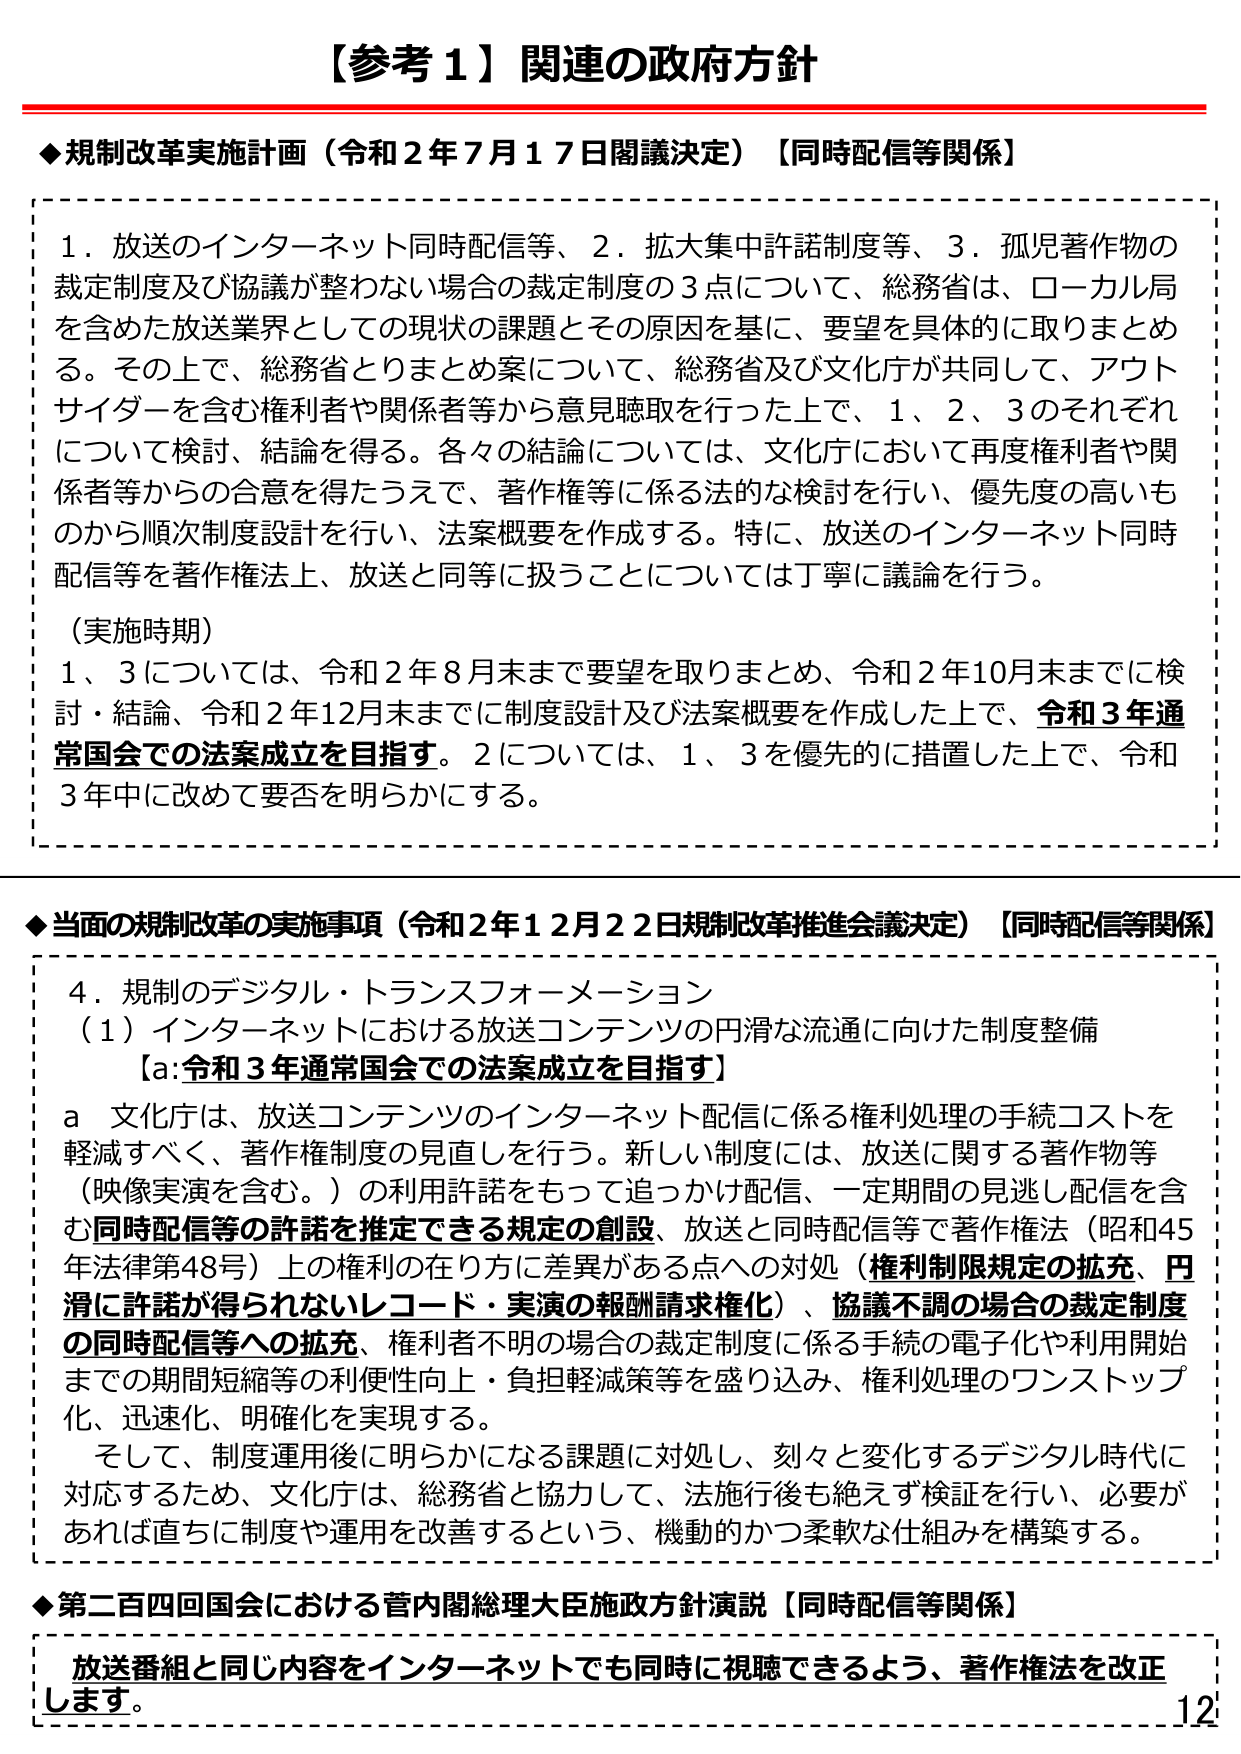
【参考１】関連の政府方針

◆規制改革実施計画（令和２年７月１７日閣議決定）【同時配信等関係】

１．放送のインターネット同時配信等、２．拡大集中許諾制度等、３．孤児著作物の裁定制度及び協議が整わない場合の裁定制度の３点について、総務省は、ローカル局を含めた放送業界としての現状の課題とその原因を基に、要望を具体的に取りまとめる。その上で、総務省とりまとめ案について、総務省及び文化庁が共同して、アウトサイダーを含む権利者や関係者等から意見聴取を行った上で、１、２、３のそれぞれについて検討、結論を得る。各々の結論については、文化庁において再度権利者や関係者等からの合意を得たうえで、著作権等に係る法的な検討を行い、優先度の高いものから順次制度設計を行い、法案概要を作成する。特に、放送のインターネット同時配信等を著作権法上、放送と同等に扱うことについては丁寧に議論を行う。

（実施時期）
１、３については、令和２年８月末まで要望を取りまとめ、令和２年10月末までに検討・結論、令和２年12月末までに制度設計及び法案概要を作成した上で、令和３年通常国会での法案成立を目指す。２については、１、３を優先的に措置した上で、令和３年中に改めて要否を明らかにする。

◆当面の規制改革の実施事項（令和２年１２月２２日規制改革推進会議決定）【同時配信等関係】

４．規制のデジタル・トランスフォーメーション
（１）インターネットにおける放送コンテンツの円滑な流通に向けた制度整備
【a:令和３年通常国会での法案成立を目指す】
a 文化庁は、放送コンテンツのインターネット配信に係る権利処理の手続コストを軽減すべく、著作権制度の見直しを行う。新しい制度には、放送に関する著作物等（映像実演を含む。）の利用許諾をもって追っかけ配信、一定期間の見逃し配信を含む同時配信等の許諾を推定できる規定の創設、放送と同時配信等で著作権法（昭和45年法律第48号）上の権利の在り方に差異がある点への対処（権利制限規定の拡充、円滑に許諾が得られないレコード・実演の報酬請求権化）、協議不調の場合の裁定制度の同時配信等への拡充、権利者不明の場合の裁定制度に係る手続の電子化や利用開始までの期間短縮等の利便性向上・負担軽減策等を盛り込み、権利処理のワンストップ化、迅速化、明確化を実現する。
そして、制度運用後に明らかになる課題に対処し、刻々と変化するデジタル時代に対応するため、文化庁は、総務省と協力して、法施行後も絶えず検証を行い、必要があれば直ちに制度や運用を改善するという、機動的かつ柔軟な仕組みを構築する。

◆第二百四回国会における菅内閣総理大臣施政方針演説【同時配信等関係】
放送番組と同じ内容をインターネットでも同時に視聴できるよう、著作権法を改正します。

12